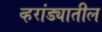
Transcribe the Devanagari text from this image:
व्हरांड्यातील